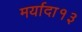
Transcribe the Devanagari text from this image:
मर्यादा१३